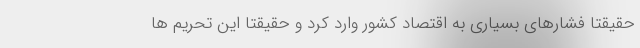
حقیقتا فشارهای بسیاری به اقتصاد کشور وارد کرد و حقیقتا این تحریم ها